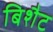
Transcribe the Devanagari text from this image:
बिशैट